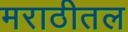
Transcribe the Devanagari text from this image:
मराठीतल